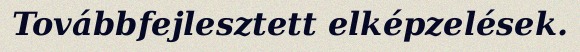
Továbbfejlesztett elképzelések.